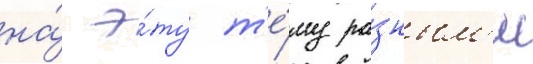
на́ э́ту т'е́му ра́зным'и